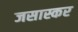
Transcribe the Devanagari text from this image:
जसास्कर